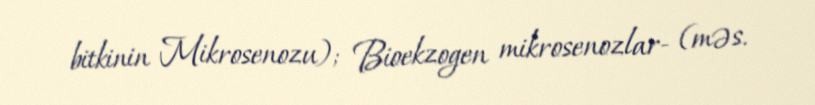
bitkinin Mikrosenozu); Bioekzogen mikrosenozlar- (məs.